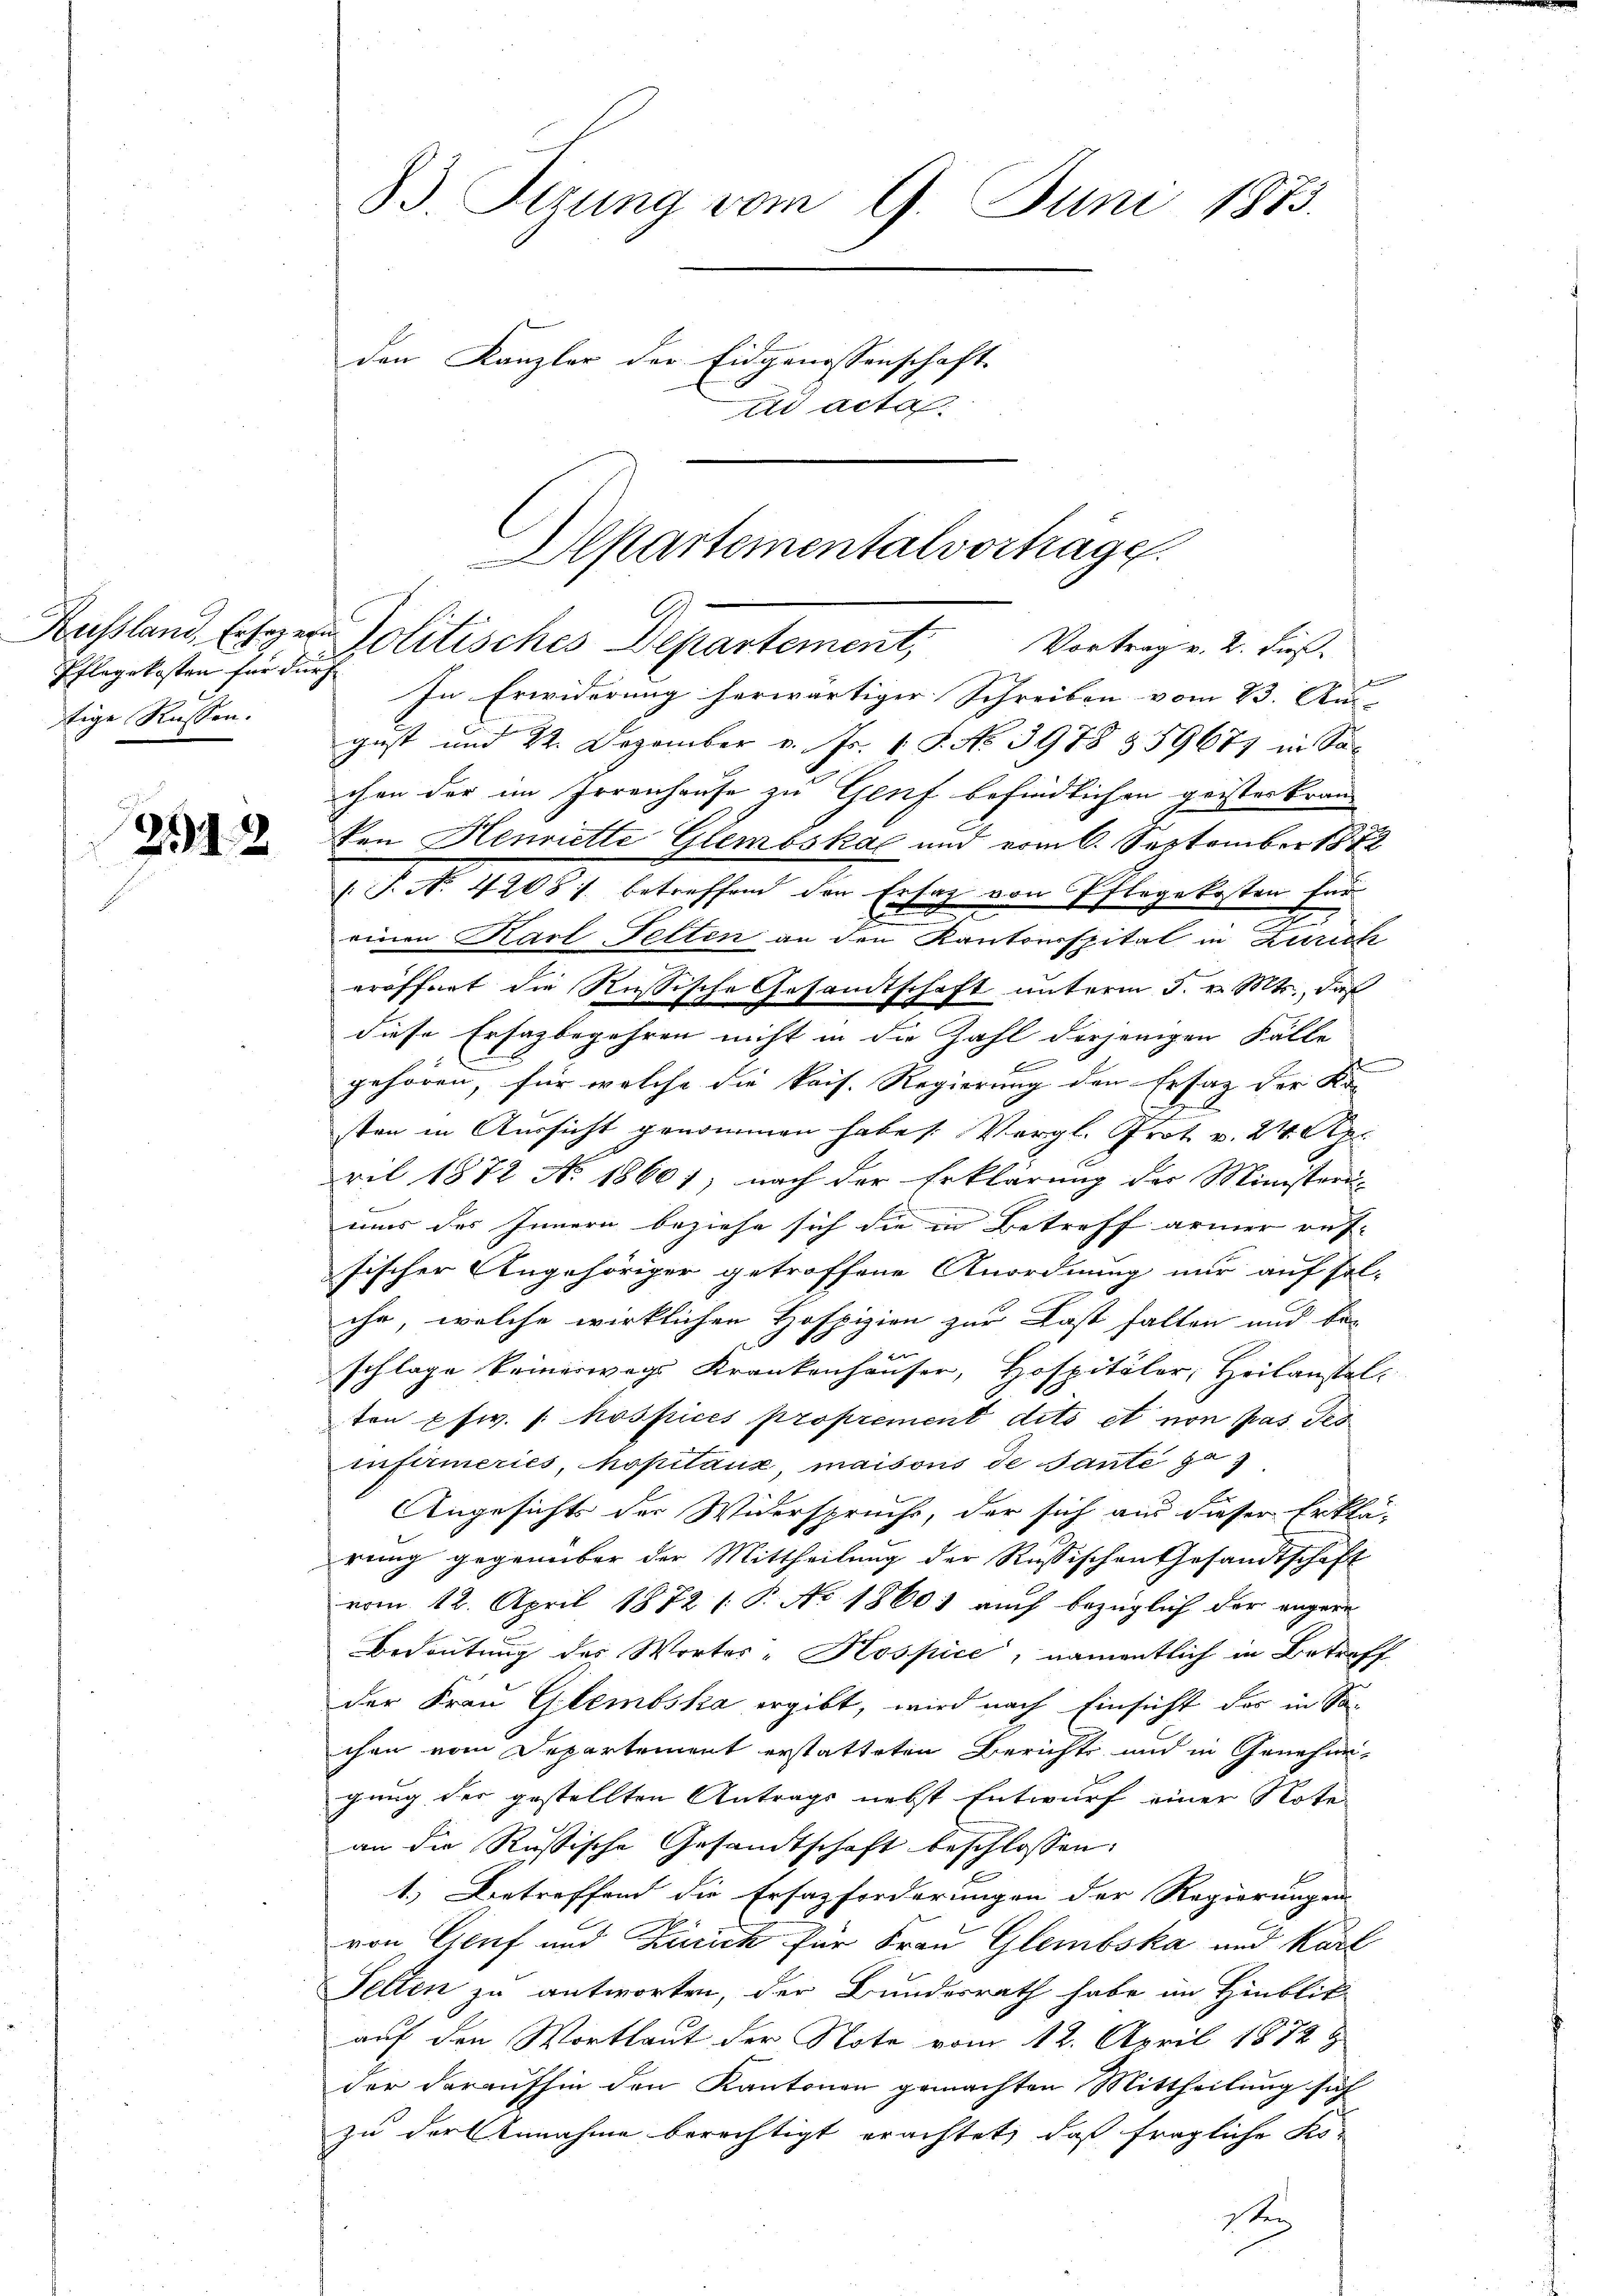
Pflegekosten für durch
tige Russen.

2512

33. Sizung vom 9. Juni 1873.
den Kanzler der Eidgenossenschaft.
ad acta.

Alpartementalvorträge.
Kassland, Eheger Politisches Departement, Vortrag v. 2. Fuß.

E
In Erwiderung herwärtiger Schreiben vom 23. Aus-
gust und 22. Dezember v. Fr. 1 S. No 3978 & 59677 in Sachen der im Irrenhause zu Genf befindlichen geisteskranden Henriette Glemoska und vom 6. September 1873
(T. N. 4208 f. betreffend den Ersatz von Pflegekosten für
E
einen Karl Fetten an den Kantonsspital in Zürich
eröffnet die Russische Gesandtschaft unterm 5. v. Mts., daß
diese Erfazbegehren nicht in die Zahl derjenigen Fälle
6
gehören, für welche die kais. Regierung den Ersatz der Ki- |
sten in Aussicht genommen habe s. Vergl. Prot v. 24. Apr
ril 1872 No 18601, nach der Erklärung der Ministeri-
mir des Innern beziehe sich die in Betreff armer auf-
sischer Angehöriger getroffene Anordnung nur auf fol-
chr, welche wirklichen Hofpizien zur Last fallen und be-
f
schlage keinerwegs Krankenhauser, Hospitäler, Heilanstelten pfw. /: hospices proprement dits et non pas des
infirmeries, hopitaux, maisons de sante zu
Angesichts der Widerspruchs, der sich aus dieser Erklä-
rung gegenüber der Mittheilung der Russischen Gesandtschaft
vom 12. April 1872 /: P. No 18601 auch bezüglich der angern
Bedeutung des Wortes "Kospice, namentlich in Betreff
der Frau Glembska ergibt, wird nach Einsicht der in Sochen vom Departement erstatteten Berichte und in Genehmigung der gestellten Antrags nebst Entwurf einer Note
an die Russische Gesandtschaft beschlossen:
1.) Betreffend die Ersazforderungen der Regierungen
von Genf und Zürich für Frau Glembska und Kart
Felten zu antworten, der Bundesrath habe im Hinblik
auf den Wortlaut der Note vom 12. April 1872 &
der daraufhin den Kantonen gemachten Mittheilung sich
zu der Annahme berechtigt erachtet, daß fragliche Ko¬
Se